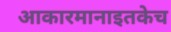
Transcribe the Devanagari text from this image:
आकारमानाइतकेच